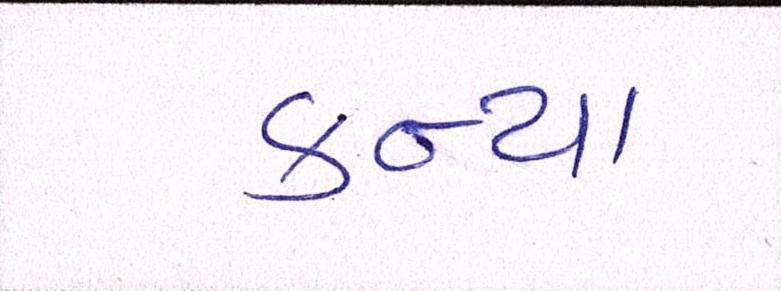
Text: કન્યા